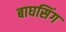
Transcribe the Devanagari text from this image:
बाघसिंग